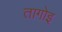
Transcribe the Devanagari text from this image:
तागोइ